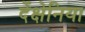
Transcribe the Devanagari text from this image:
देंक्षेनिया